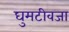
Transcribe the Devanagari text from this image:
घुमटीवजा